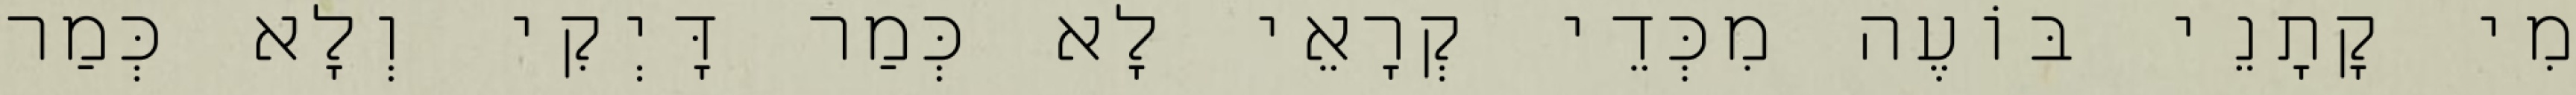
מִי קָתָנֵי בּוֹעֶה מִכְּדֵי קְרָאֵי לָא כְּמַר דָּיְקִי וְלָא כְּמַר